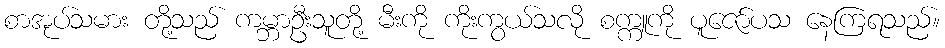
စာအုပ်သမား တို့သည် ကမ္ဘာဦးသူတို့ မီးကို ကိုးကွယ်သလို စက္ကူကို ပူဇော်ပသ နေကြရသည်။